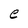
Character: e